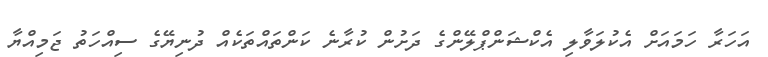
އަހަރާ ހަމައަށް އެކުލަވާލި އެކްޝަންޕްލޭންގެ ދަށުން ކުރާނެ ކަންތައްތަކެއް ދުނިޔޭގެ ސިއްހަތު ޖަމިއްޔާ